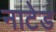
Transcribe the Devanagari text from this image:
नाटेड